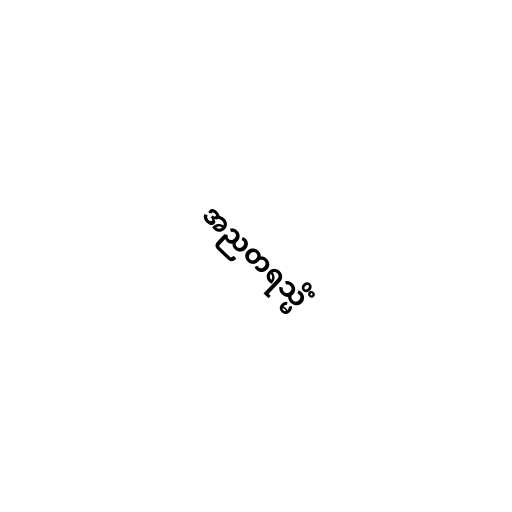
အညတရသ္မိံ